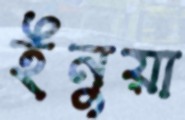
ইনুয়া